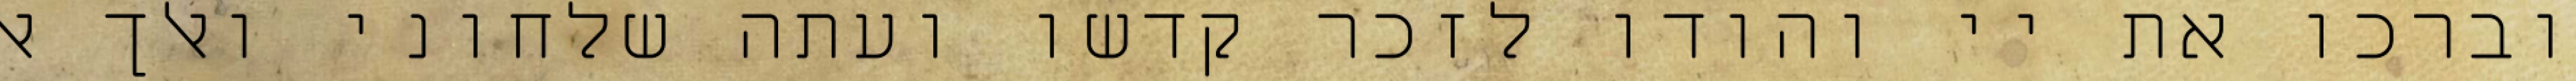
וברכו את יי והודו לזכר קדשו ועתה שלחוני ואלך אל